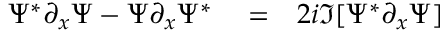
\begin{array} { r l r } { \Psi ^ { * } \partial _ { x } \Psi - \Psi \partial _ { x } \Psi ^ { * } } & { { } = } & { 2 i \Im [ \Psi ^ { * } \partial _ { x } \Psi ] } \end{array}